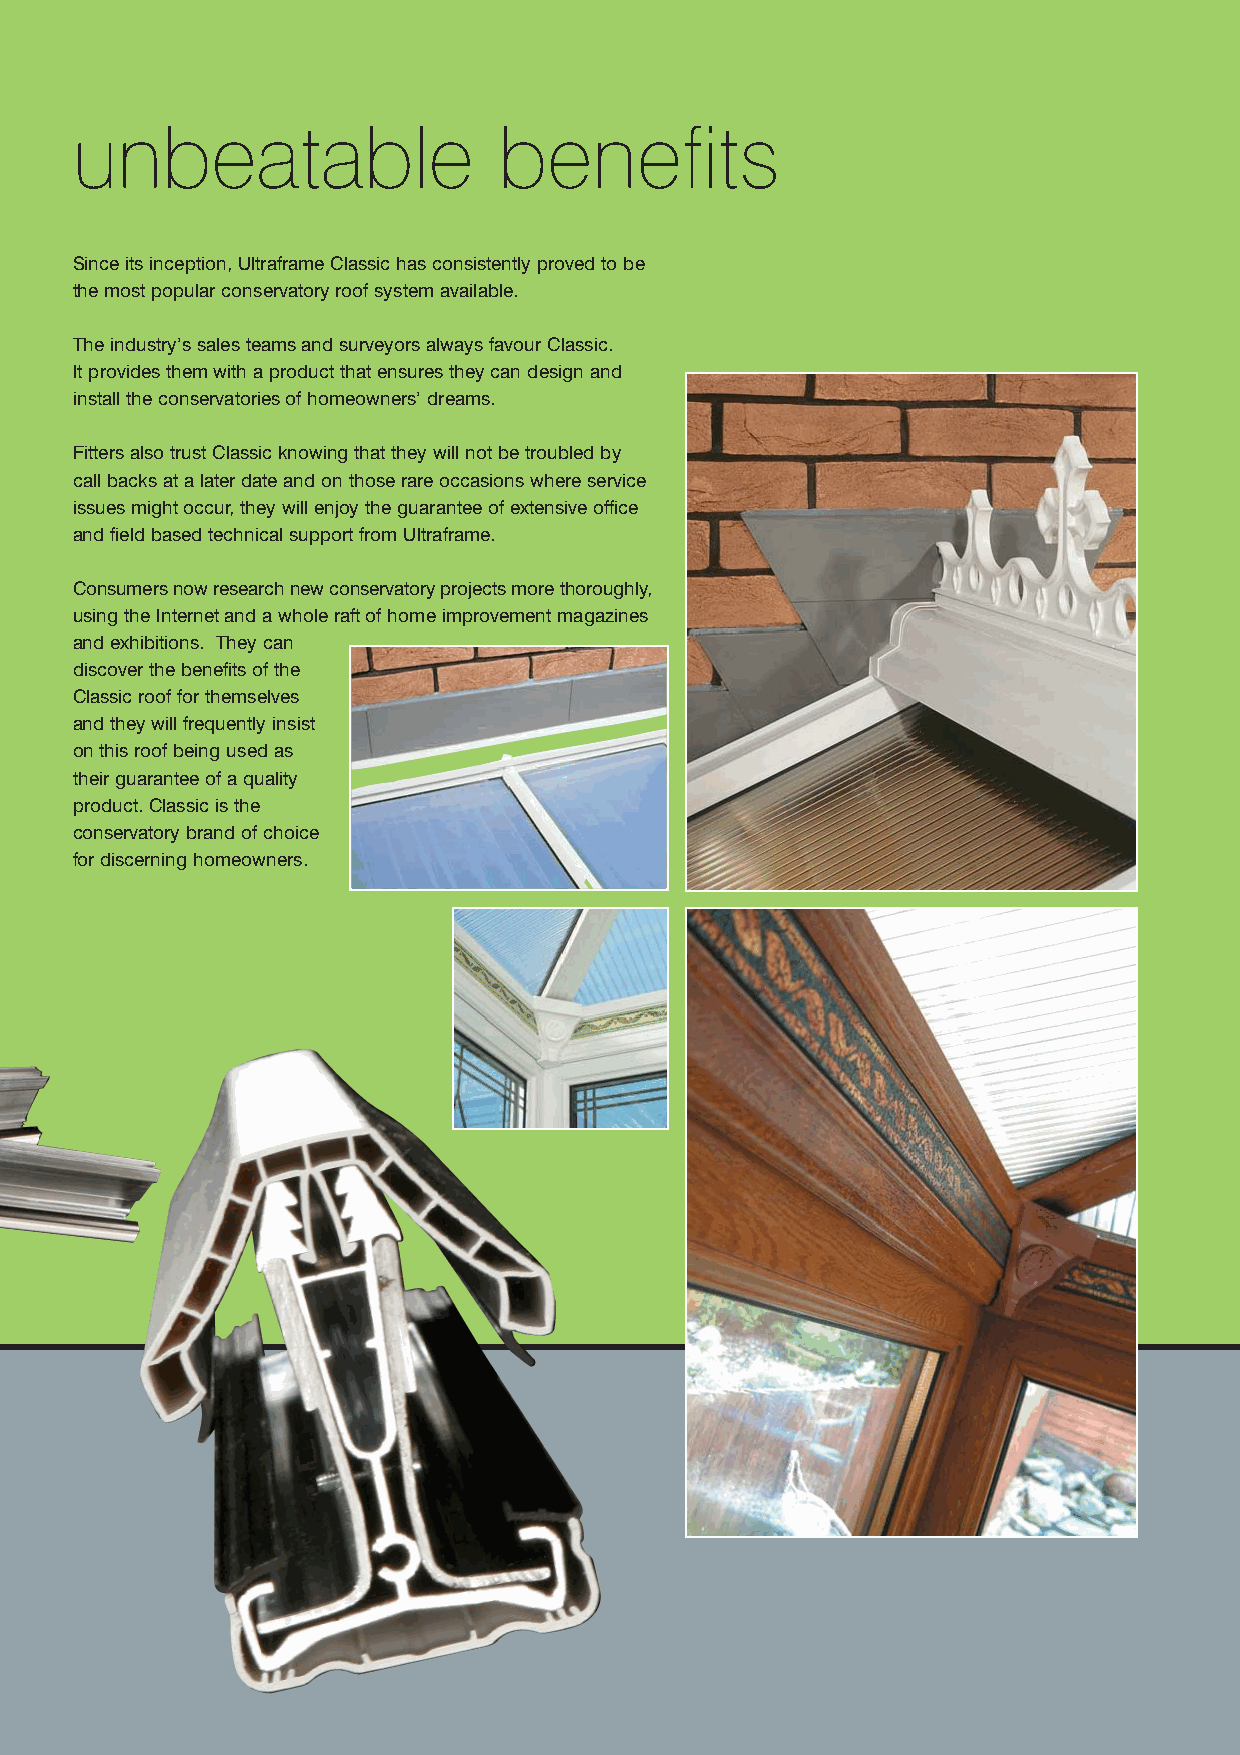
unbeatable                  benefits
 Since its inception, Ultraframe Classic has consistently proved to be
 the most popular conservatory roof system available.
 The industry’s sales teams and surveyors always favour Classic.
 It provides them with a product that ensures they can design and
 install the conservatories of homeowners’ dreams.
 Fitters also trust Classic knowing that they will not be troubled by
 call backs at a later date and on those rare occasions where service
 issues might occur, they will enjoy the guarantee of extensive office
 and field based technical support from Ultraframe.
 Consumers now research new conservatory projects more thoroughly,
 using the Internet and a whole raft of home improvement magazines
 and exhibitions. They can
 discover the benefits of the
 Classic roof for themselves
 and they will frequently insist
 on this roof being used as
 their guarantee of a quality
 product. Classic is the
 conservatory brand of choice
 for discerning homeowners.
 1